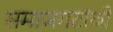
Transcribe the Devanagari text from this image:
समाजगटांची